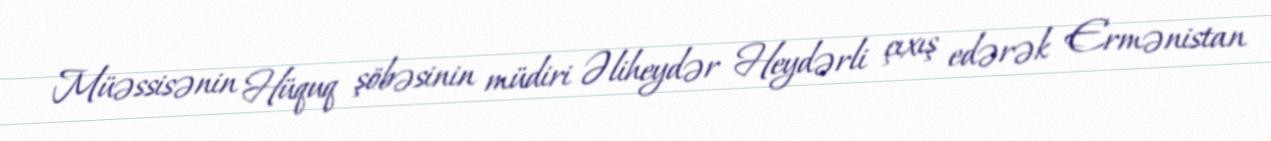
Müəssisənin Hüquq şöbəsinin müdiri Əliheydər Heydərli çıxış edərək Ermənistan